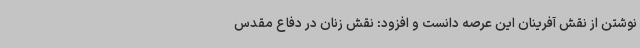
نوشتن از نقش آفرینان این عرصه دانست و افزود: نقش زنان در دفاع مقدس